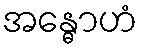
အန္ဓောဟံ